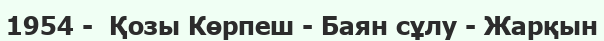
1954 -  Қозы Көрпеш - Баян сұлу - Жарқын